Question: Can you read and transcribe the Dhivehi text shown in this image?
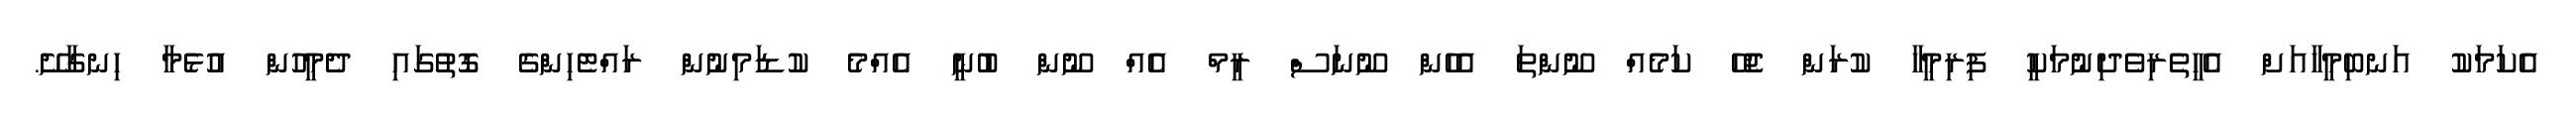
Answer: އެކަމަކު އަނބިމީހާއަށް އެހީތެރިވެދިނުމަކީ ފިރިމީހާ ކުރަން ޖެހޭ ކަމެއް ނޫންތަ އެހެން ނޫނަސް ރީމް އެއް ނޫން ބުނީ އެއްމެ ކުޑަމިނުން ރައްޓެހިންގެ ގޮތުގައި ދެމީހުން އުޅެމާ ހިނގާށޭ.